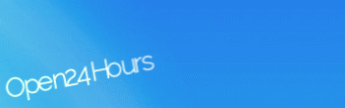
Open24Hours